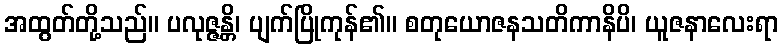
အထွတ်တို့သည်။ ပလုဇ္ဇန္တိ၊ ပျက်ပြိုကုန်၏။ စတုယောဇနသတိကာနိပိ၊ ယူဇနာလေးရာ